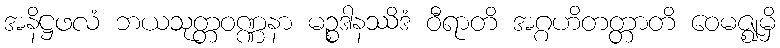
အနိဋ္ဌဖလံ ဘယသုတ္တဝဏ္ဏနာ မဉ္စဒါနဿိဒံ ဝီရာတိ အဂ္ဂဟိတတ္တာတိ ဝေမဇ္ဈမှိ